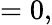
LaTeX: =0,